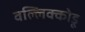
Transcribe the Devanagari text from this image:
वल्लिक्कोडू